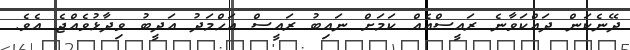
ދޭނެކަން ދައްކަވާނެ ރައީސްއެއް ކަމަށް ނައިބު ރައީސް އަހްމަދު އަދީބު ވިދާޅުވެއްޖެ އެވެ.